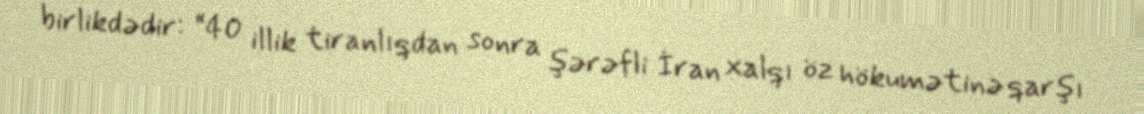
birlikdədir: “40 illik tiranlıqdan sonra şərəfli İran xalqı öz hökumətinə qarşı